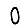
Digit: 0